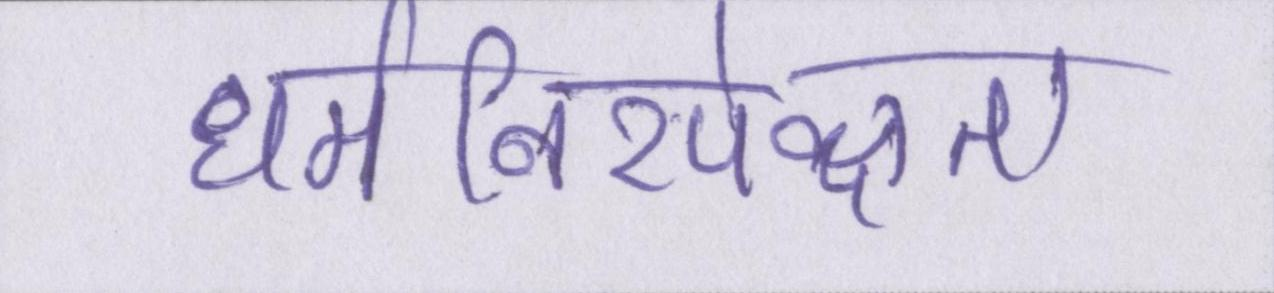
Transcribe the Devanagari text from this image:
धर्मनिरपेक्षता